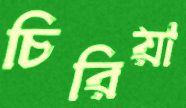
চিরিয়া